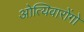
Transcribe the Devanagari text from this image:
ओत्यिवारोंगो